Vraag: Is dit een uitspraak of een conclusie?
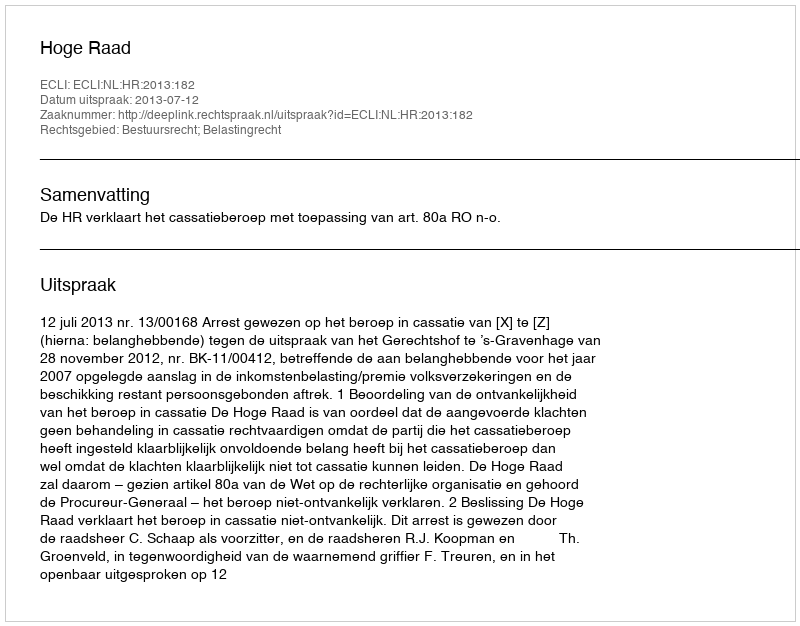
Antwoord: Uitspraak